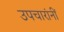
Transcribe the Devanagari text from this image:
उपचारांनीं